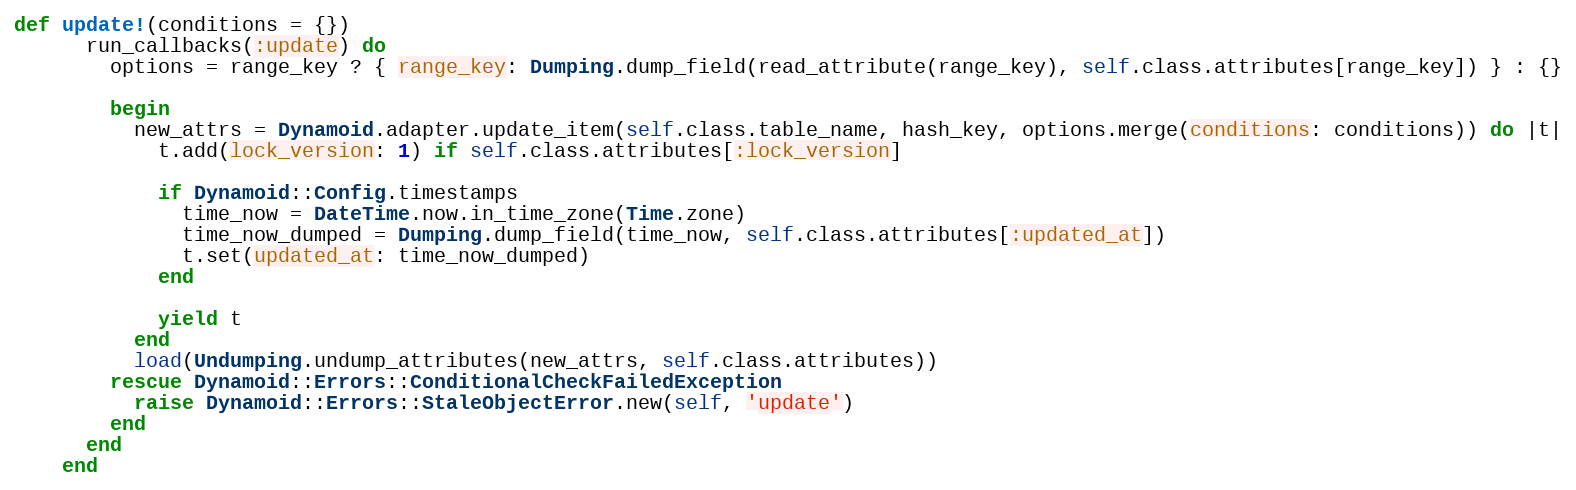
Language: Ruby
def update!(conditions = {})
      run_callbacks(:update) do
        options = range_key ? { range_key: Dumping.dump_field(read_attribute(range_key), self.class.attributes[range_key]) } : {}

        begin
          new_attrs = Dynamoid.adapter.update_item(self.class.table_name, hash_key, options.merge(conditions: conditions)) do |t|
            t.add(lock_version: 1) if self.class.attributes[:lock_version]

            if Dynamoid::Config.timestamps
              time_now = DateTime.now.in_time_zone(Time.zone)
              time_now_dumped = Dumping.dump_field(time_now, self.class.attributes[:updated_at])
              t.set(updated_at: time_now_dumped)
            end

            yield t
          end
          load(Undumping.undump_attributes(new_attrs, self.class.attributes))
        rescue Dynamoid::Errors::ConditionalCheckFailedException
          raise Dynamoid::Errors::StaleObjectError.new(self, 'update')
        end
      end
    end